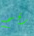
رقم